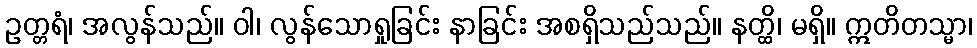
ဥတ္တရံ၊ အလွန်သည်။ ဝါ၊ လွန်သောရှုခြင်း နာခြင်း အစရှိသည်သည်။ နတ္ထိ၊ မရှိ။ ဣတိတသ္မာ၊